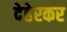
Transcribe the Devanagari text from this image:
देहेरकर